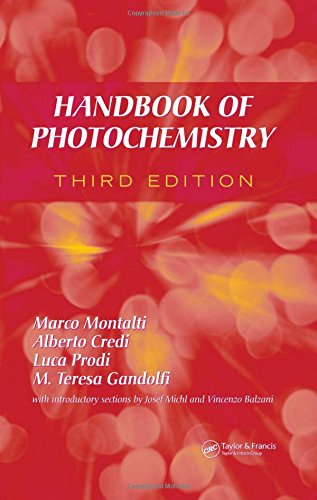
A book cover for Handbook of Photochemistry, Third Edition; Marco Montalti; Science & Math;